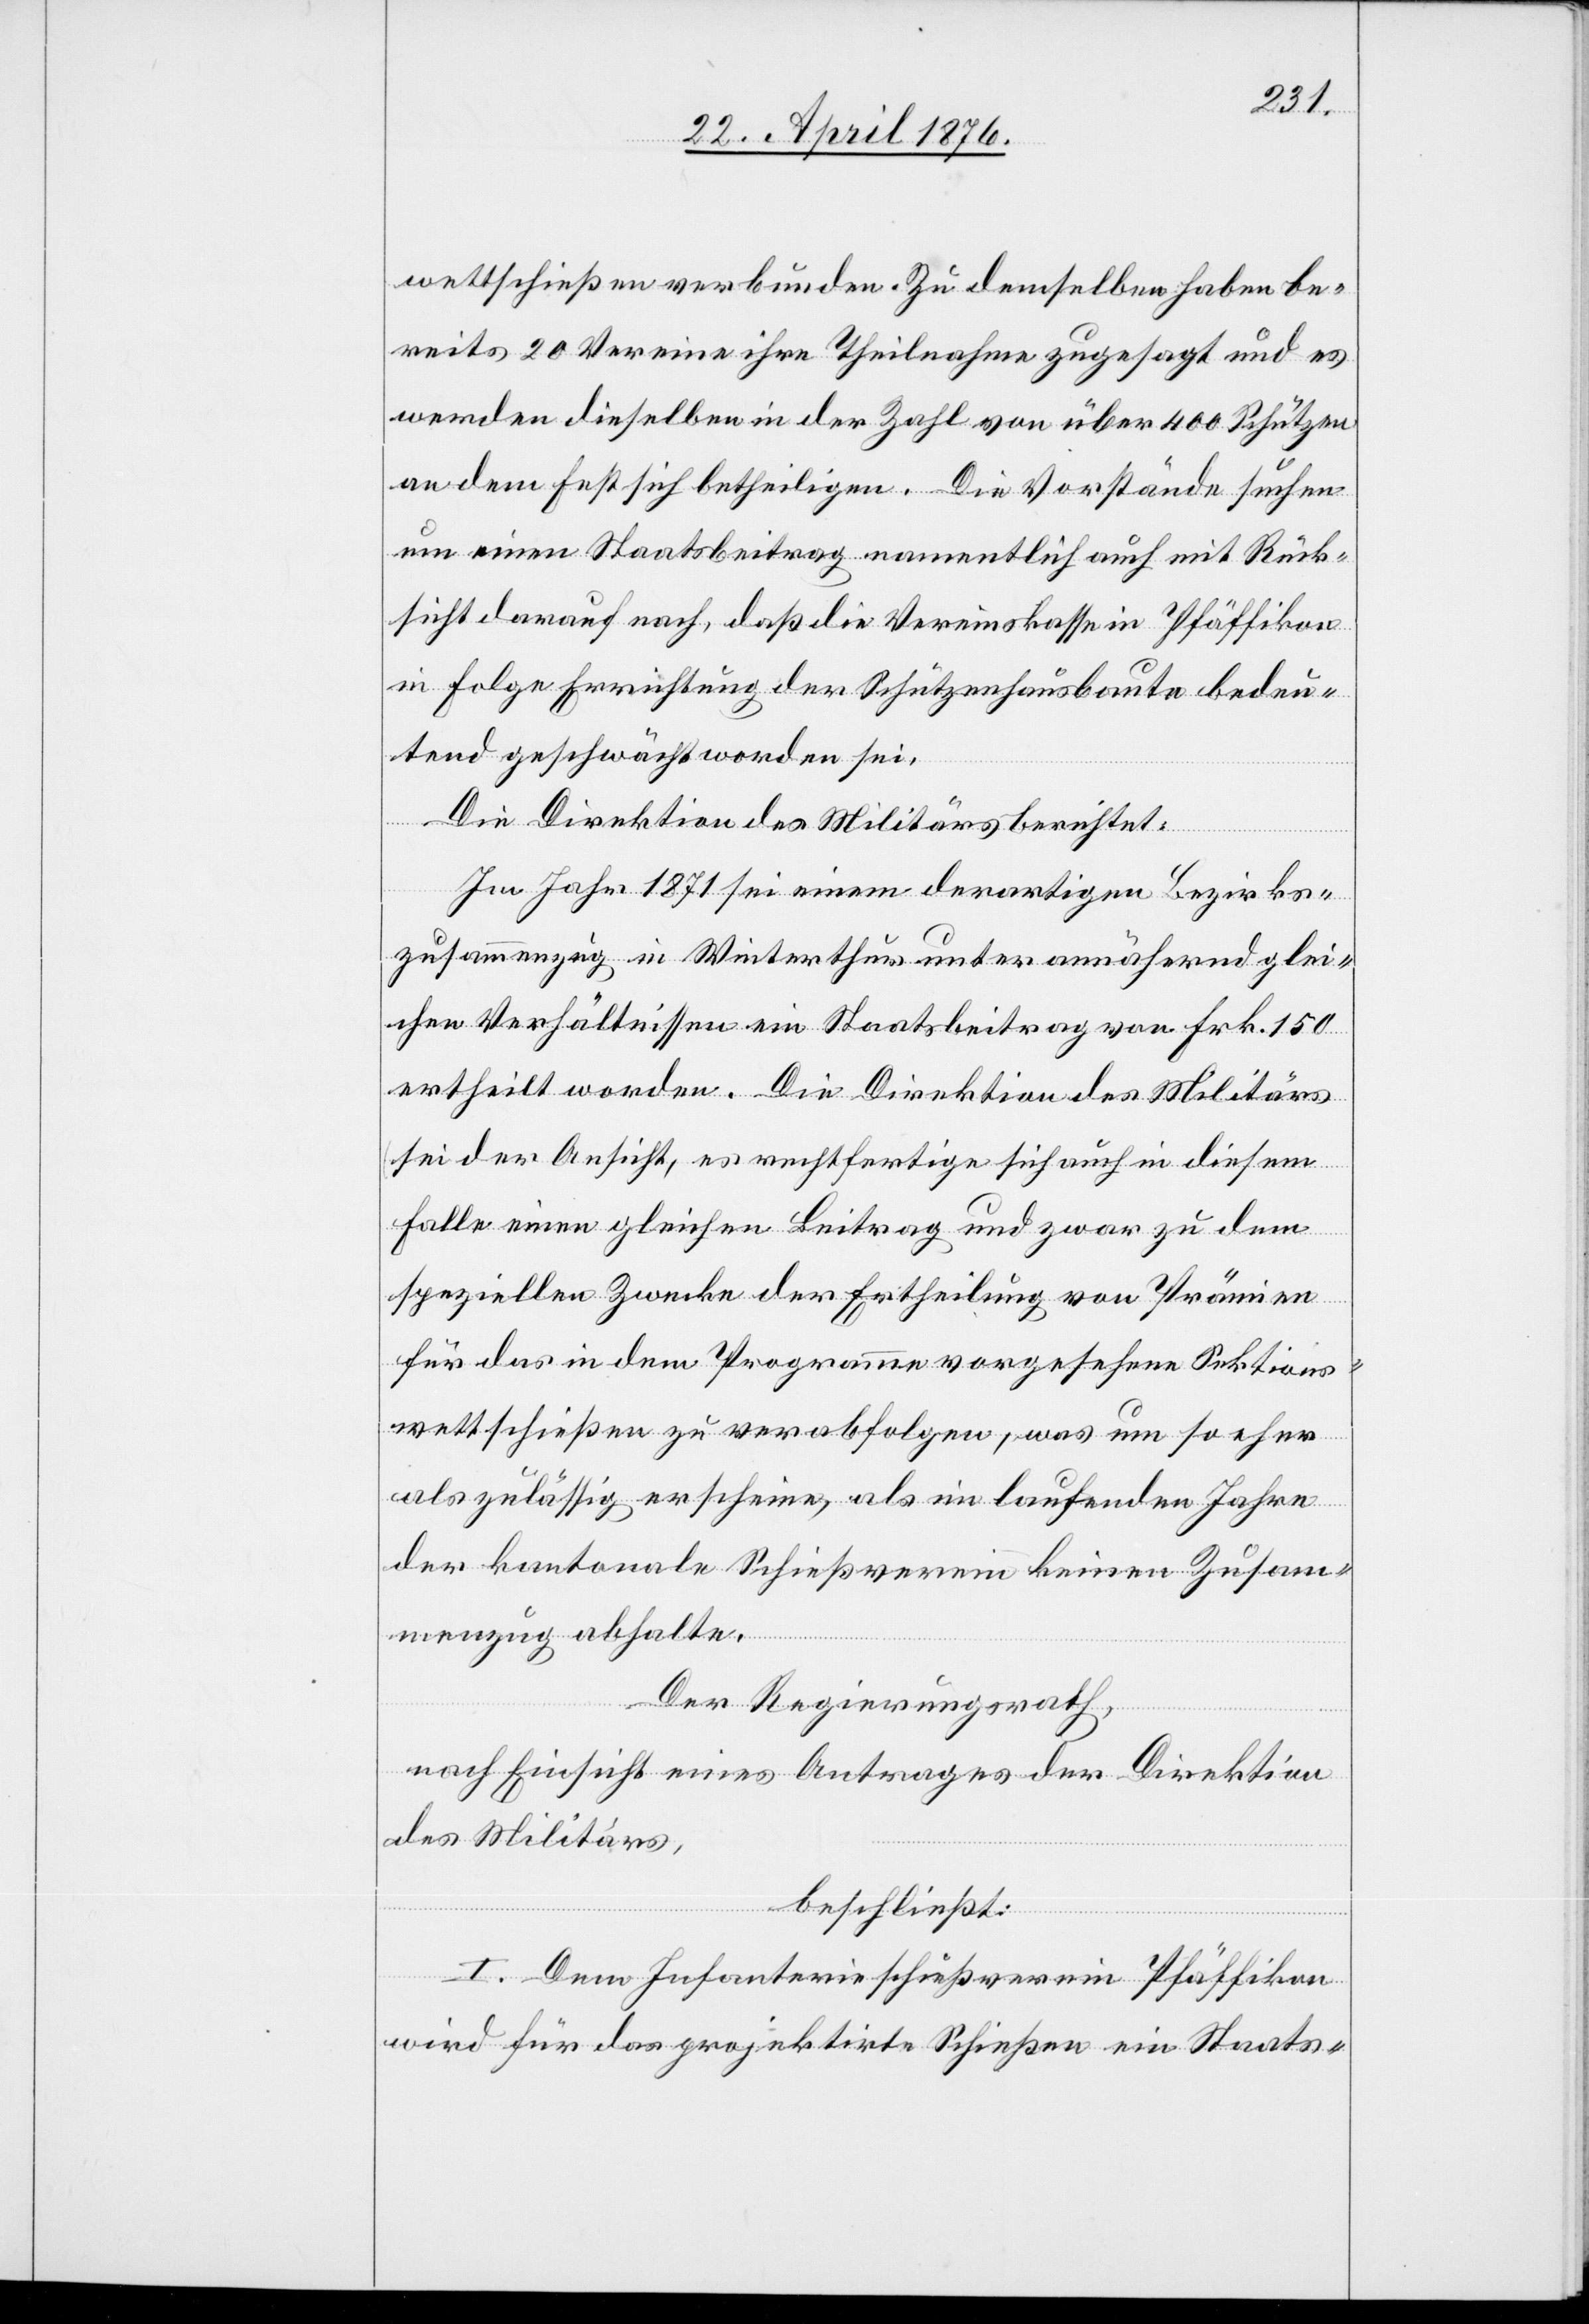
wettschießen verbunden. Zu demselben haben be¬
reits 20 Vereine ihre Theilnahme zugesagt und es
werden dieselben in der Zahl von über 400 Schützen
an dem Fest sich betheiligen. Die Vorstände suchen
um einen Staatsbeitrag namentlich auch mit Rück¬
sicht darauf nach, daß die Vereinskasse in Pfäffikon
in Folge Errichtung der Schützenhausbaute bedeu¬
tend geschwächt worden sei.
Die Direktion des Militärs berichtet:
Im Jahr 1871 sei einem derartigen Bezirks¬
zusammenzug in Winterthur unter annähernd glei¬
chen Verhältnissen ein Staatsbeitrag von Frk. 150
ertheilt worden. Die Direktion des Militärs
sei der Ansicht, es rechtfertige sich auch in diesem
Falle einen gleichen Beitrag und zwar zu dem
speziellen Zwecke der Ertheilung von Prämien
für das in dem Programme vorgesehene Sektions¬
wettschießen zu verabfolgen, was um so eher
als zulässig erscheine, als im laufenden Jahre
der kantonale Schießverein keinen Zusam¬
menzug abhalte.
Der Regierungsrath,
nach Einsicht eines Antrages der Direktion
des Militärs,
beschließt:
I. Dem Infanterieschützenverein Pfäffikon
wird für das projektirte Schießen ein Staats-